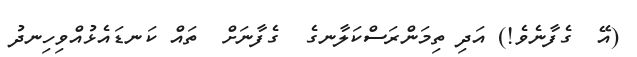
(އޭ  ގެފާނެވެ!) އަދި ތިމަންރަސްކަލާނގެ  ގެފާނަށް  ތައް ކަނޑައެޅުއްވިހިނދު